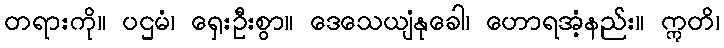
တရားကို။ ပဌမံ၊ ရှေးဦးစွာ။ ဒေသေယျံနုခေါ၊ ဟောရအံ့နည်း။ ဣတိ၊